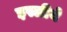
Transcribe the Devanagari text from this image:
इस्लीये